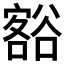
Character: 𮙐